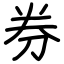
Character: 券